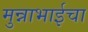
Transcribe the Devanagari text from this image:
मुन्नाभाईचा